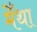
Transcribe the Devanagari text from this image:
मेँथा